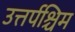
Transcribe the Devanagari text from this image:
उत्तर्पश्चिम